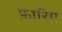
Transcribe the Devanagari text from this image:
फ़ारिग़